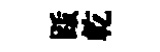
䟦乾